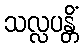
သလ္လပန္တိံ